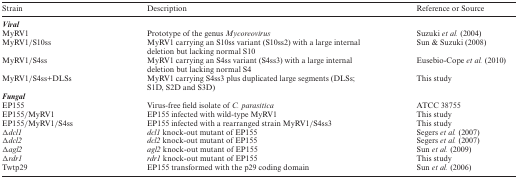
| Strain | Description | Reference or Source |
 | --- | --- | --- |
 | <COLSPAN=3> Viral |
 | MyRV1 | Prototype of the genus Mycoreovirus | Suzuki et al. (2004) |
 | MyRV1/S10ss | MyRV1 carrying an S10ss variant (S10ss2) with a large internal deletion but lacking normal S10 | Sun & Suzuki (2008) |
 | MyRV1/S4ss | MyRV1 carrying an S4ss variant (S4ss3) with a large internal deletion but lacking normal S4 | Eusebio-Cope et al. (2010) |
 | MyRV1/S4ss+DLSs | MyRV1 carrying S4ss3 plus duplicated large segments (DLSs; S1D, S2D and S3D) | This study |
 | <COLSPAN=3> Fungal |
 | EP155 | Virus-free field isolate of C. parasitica | ATCC 38755 |
 | EP155/MyRV1 | EP155 infected with wild-type MyRV1 | This study |
 | EP155/MyRV1/S4ss | EP155 infected with a rearranged strain MyRV1/S4ss3 | This study |
 | Δdcl1 | dcl1 knock-out mutant of EP155 | Segers et al. (2007) |
 | Δdcl2 | dcl2 knock-out mutant of EP155 | Segers et al. (2007) |
 | Δagl2 | agl2 knock-out mutant of EP155 | Sun et al. (2009) |
 | Δrdr1 | rdr1 knock-out mutant of EP155 | This study |
 | Twtp29 | EP155 transformed with the p29 coding domain | Sun et al. (2006) |